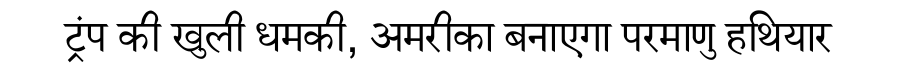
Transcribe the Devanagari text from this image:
ट्रंप की खुली धमकी, अमरीका बनाएगा परमाणु हथियार